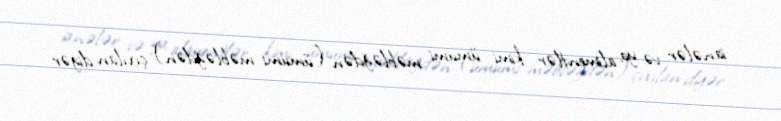
ianələr və ya alimentlər kimi ümumi məbləğdən (ümumi məbləğdən) çıxılan digər